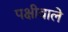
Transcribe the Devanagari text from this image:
पक्षीवाले